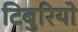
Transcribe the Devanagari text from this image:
टिबुरियो